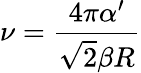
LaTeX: \nu=\frac{4\pi\alpha^{\prime}}{\sqrt{2}\beta R}